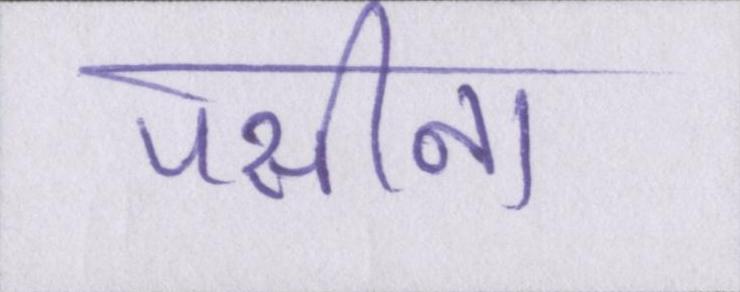
पसीना